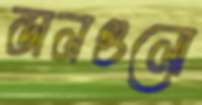
ডালগুলো